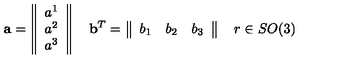
{ \bf a } = \left\| \begin{array} { c } { a ^ { 1 } } \\ { a ^ { 2 } } \\ { a ^ { 3 } } \\ \end{array} \right\| \quad { \bf b } ^ { T } = \left\| \begin{array} { c c c } { b _ { 1 } } & { b _ { 2 } } & { b _ { 3 } } \\ \end{array} \right\| \quad r \in S O ( 3 )